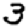
Digit: 3